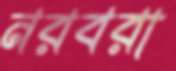
নরবরা